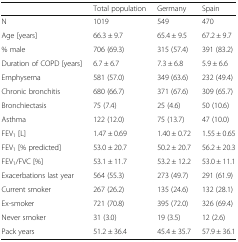
<table><thead><tr><td></td><td><b>Total population</b></td><td><b>Germany</b></td><td><b>Spain</b></td></tr></thead><tbody><tr><td>N</td><td>1019</td><td>549</td><td>470</td></tr><tr><td>Age [years]</td><td>66.3 ± 9.7</td><td>65.4 ± 9.5</td><td>67.2 ± 9.7</td></tr><tr><td>% male</td><td>706 (69.3)</td><td>315 (57.4)</td><td>391 (83.2)</td></tr><tr><td>Duration of COPD [years]</td><td>6.7 ± 6.7</td><td>7.3 ± 6.8</td><td>5.9 ± 6.6</td></tr><tr><td>Emphysema</td><td>581 (57.0)</td><td>349 (63.6)</td><td>232 (49.4)</td></tr><tr><td>Chronic bronchitis</td><td>680 (66.7)</td><td>371 (67.6)</td><td>309 (65.7)</td></tr><tr><td>Bronchiectasis</td><td>75 (7.4)</td><td>25 (4.6)</td><td>50 (10.6)</td></tr><tr><td>Asthma</td><td>122 (12.0)</td><td>75 (13.7)</td><td>47 (10.0)</td></tr><tr><td>FEV<sub>1</sub> [L]</td><td>1.47 ± 0.69</td><td>1.40 ± 0.72</td><td>1.55 ± 0.65</td></tr><tr><td>FEV<sub>1</sub> [% predicted]</td><td>53.0 ± 20.7</td><td>50.2 ± 20.7</td><td>56.2 ± 20.3</td></tr><tr><td>FEV<sub>1</sub>/FVC [%]</td><td>53.1 ± 11.7</td><td>53.2 ± 12.2</td><td>53.0 ± 11.1</td></tr><tr><td>Exacerbations last year</td><td>564 (55.3)</td><td>273 (49.7)</td><td>291 (61.9)</td></tr><tr><td>Current smoker</td><td>267 (26.2)</td><td>135 (24.6)</td><td>132 (28.1)</td></tr><tr><td>Ex-smoker</td><td>721 (70.8)</td><td>395 (72.0)</td><td>326 (69.4)</td></tr><tr><td>Never smoker</td><td>31 (3.0)</td><td>19 (3.5)</td><td>12 (2.6)</td></tr><tr><td>Pack years</td><td>51.2 ± 36.4</td><td>45.4 ± 35.7</td><td>57.9 ± 36.1</td></tr></tbody></table>